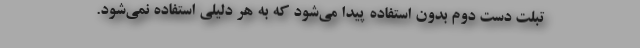
تبلت دست دوم بدون استفاده پیدا می‌شود که به هر دلیلی استفاده نمی‌شود.